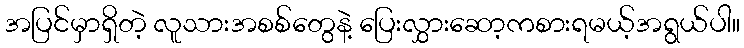
အပြင်မှာရှိတဲ့ လူသားအစစ်တွေနဲ့ ပြေးလွှားဆော့ကစားရမယ့်အရွယ်ပါ။